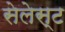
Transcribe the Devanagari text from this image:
सेलेस्ट